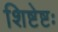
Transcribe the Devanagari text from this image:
शिष्टेष्टः